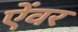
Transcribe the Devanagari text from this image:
ऐंवर